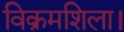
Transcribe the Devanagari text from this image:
विक्रमशिला।